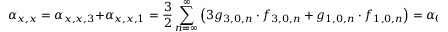
\displaystyle \alpha _ { x , x } = \alpha _ { x , x , 3 } + \alpha _ { x , x , 1 } = \frac { 3 } { 2 } \sum _ { n = \infty } ^ { \infty } \left( 3 g _ { 3 , 0 , n } \cdot f _ { 3 , 0 , n } + g _ { 1 , 0 , n } \cdot f _ { 1 , 0 , n } \right) = \alpha _ { 0 } .